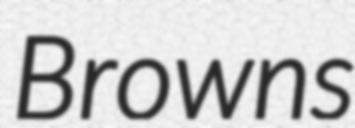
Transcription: Browns